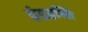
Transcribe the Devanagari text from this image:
इंद्रहस्ति